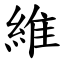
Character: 維